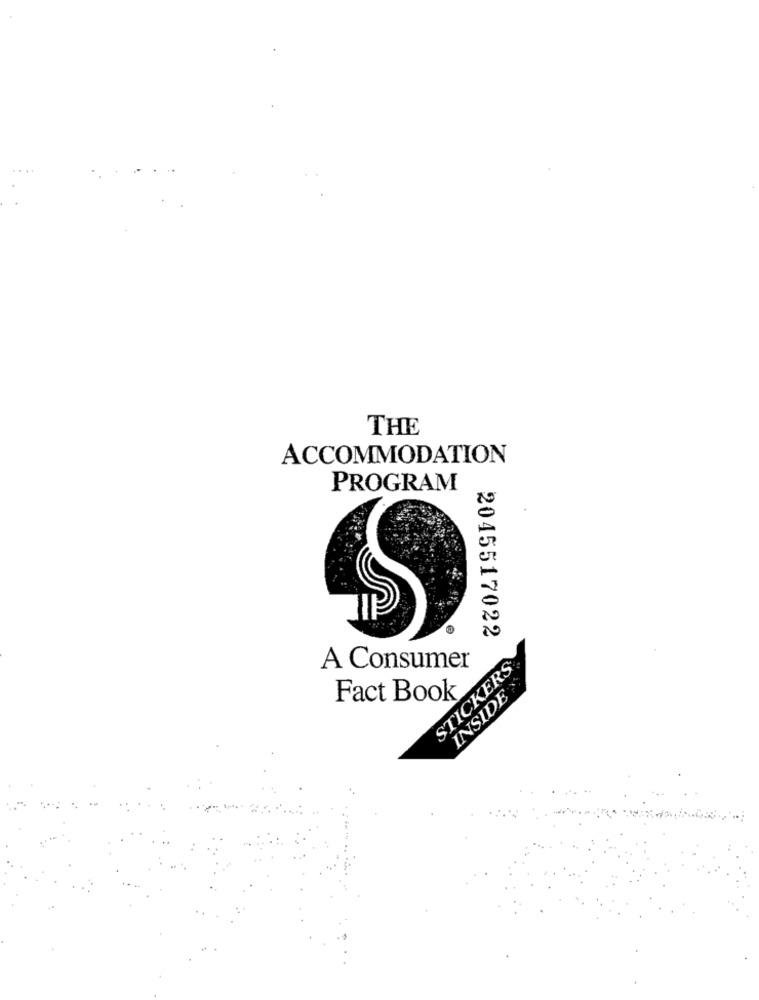
THE
ACCOMMODATION
PROGRAM
2045517022
A Consumer
STICKERS
INSIDE'>
Fact Book